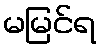
မမြင်ရ